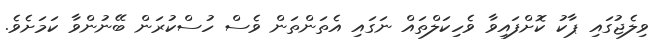
ވިލެޖުގައި ޕާކު ކޮށްފައިވާ ވެހިކަލްތައް ނަގައި އެތަންތަން ވެސް ހުސްކުރަން ބޭނުންވާ ކަމަށެވެ.